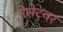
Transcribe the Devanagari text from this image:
नेसेटवर